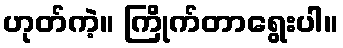
ဟုတ်ကဲ့။ ကြိုက်တာရွေးပါ။